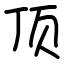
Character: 顶